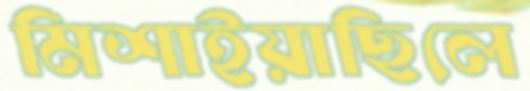
মিশাইয়াছিলে